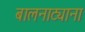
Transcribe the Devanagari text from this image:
बालनाट्याना